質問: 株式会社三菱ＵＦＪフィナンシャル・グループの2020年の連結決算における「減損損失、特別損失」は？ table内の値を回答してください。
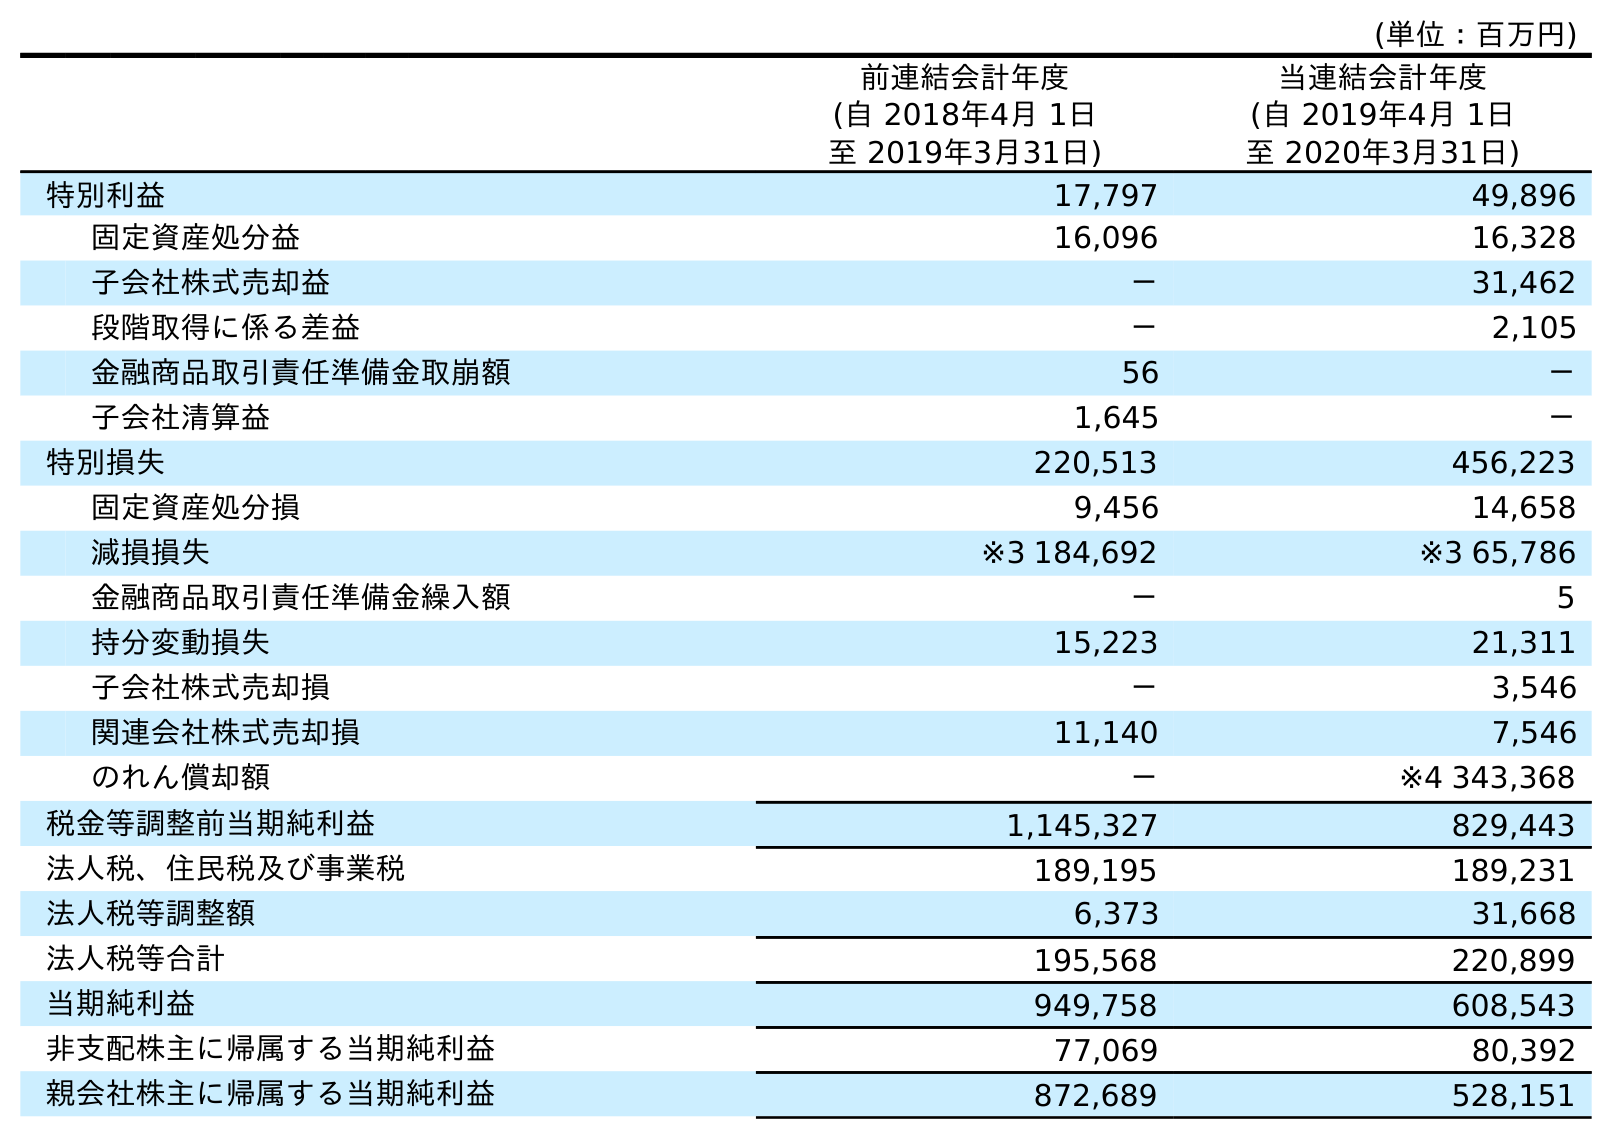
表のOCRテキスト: (単位：百万円) 前連結会計年度 (自 2018年4月 1日 至 2019年3月31日) 当連結会計年度 (自 2019年4月 1日 至 2020年3月31日) 特別利益 17,797 49,896 固定資産処分益 16,096 16,328 子会社株式売却益 － 31,462 段階取得に係る差益 － 2,105 金融商品取引責任準備金取崩額 56 － 子会社清算益 1,645 － 特別損失 220,513 456,223 固定資産処分損 9,456 14,658 減損損失 ※3 184,692 ※3 65,786 金融商品取引責任準備金繰入額 － 5 持分変動損失 15,223 21,311 子会社株式売却損 － 3,546 関連会社株式売却損 11,140 7,546 のれん償却額 － ※4 343,368 税金等調整前当期純利益 1,145,327 829,443 法人税、住民税及び事業税 189,195 189,231 法人税等調整額 6,373 31,668 法人税等合計 195,568 220,899 当期純利益 949,758 608,543 非支配株主に帰属する当期純利益 77,069 80,392 親会社株主に帰属する当期純利益 872,689 528,151
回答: ※365,786